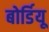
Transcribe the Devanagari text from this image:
बोर्डियू